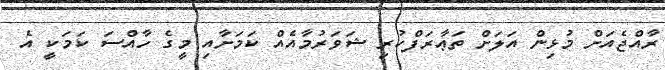
ރާއްޖެއަށް މުޅިން އަލަށް ތަޢާރަފްކުރި ޝަވަރުމާއެއް ކަމަށާއި މީގެ ހާއްސަ ކަމަކީ އެ